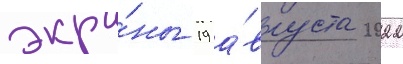
экра́ны 19 а́вгуста 2022